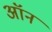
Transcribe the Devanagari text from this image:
अॉन